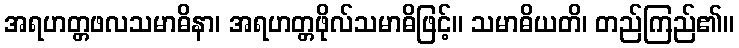
အရဟတ္တဖလသမာဓိနာ၊ အရဟတ္တဖိုလ်သမာဓိဖြင့်။ သမာဓိယတိ၊ တည်ကြည်၏။